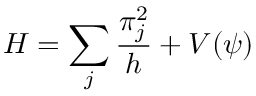
H = \sum _ { j } \frac { \pi _ { j } ^ { 2 } } { h } + V ( \psi )